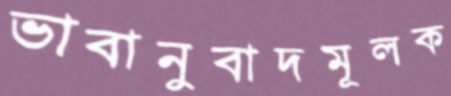
ভাবানুবাদমূলক